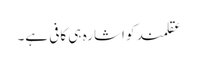
عقلمند کو اشارہ ہی کافی ہے۔